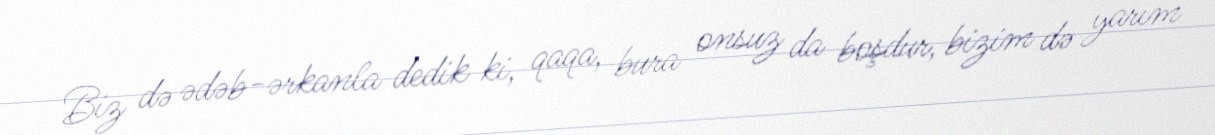
Biz də ədəb-ərkanla dedik ki, qaqa, bura onsuz da boşdur, bizim də yarım